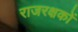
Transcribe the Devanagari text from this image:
राजरक्षकों